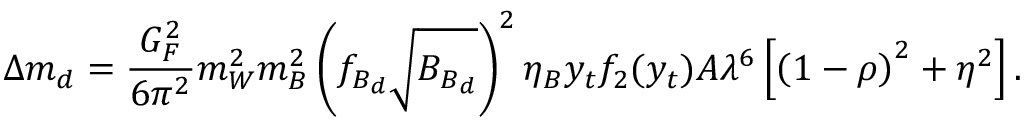
\Delta m _ { d } = { \frac { G _ { F } ^ { 2 } } { 6 \pi ^ { 2 } } } m _ { W } ^ { 2 } m _ { B } ^ { 2 } \left( f _ { B _ { d } } \sqrt { B _ { B _ { d } } } \right) ^ { 2 } \eta _ { B } y _ { t } f _ { 2 } ( y _ { t } ) A \lambda ^ { 6 } \left[ \left( 1 - \rho \right) ^ { 2 } + \eta ^ { 2 } \right] .